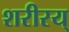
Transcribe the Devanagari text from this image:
शरीरय्